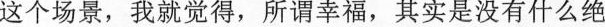
这个场景，我就觉得，所谓幸福，其实是没有什么绝